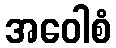
အဝေါစံ